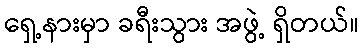
ရှေ့နားမှာ ခရီးသွား အဖွဲ့ ရှိတယ်။